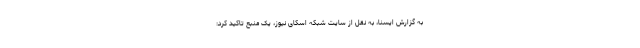
به گزارش ایسنا، به نقل از سایت شبکه اسکای نیوز، یک منبع تاکید کرد: